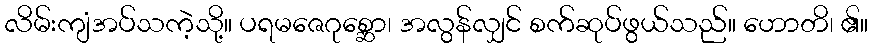
လိမ်းကျံအပ်သကဲ့သို့။ ပရမဇေဂုစ္ဆော၊ အလွန်လျှင် စက်ဆုပ်ဖွယ်သည်။ ဟောတိ၊ ၏။